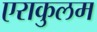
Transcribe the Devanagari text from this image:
एराकुलम